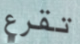
تقرع